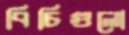
বিচিগুলো